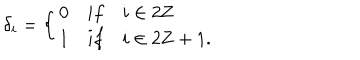
\delta _ { i } = \left\{ \begin{array} { l l } { { 0 } } & { { i f \quad i \in 2 { \bf Z } } } \\ { { 1 } } & { { i f \quad i \in 2 { \bf Z } + 1 . } } \\ \end{array} \right.